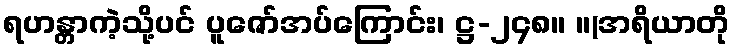
ရဟန္တာကဲ့သို့ပင် ပူဇော်အပ်ကြောင်း၊ ဋ္ဌ-၂၄၈။ ။(အရိယာတို